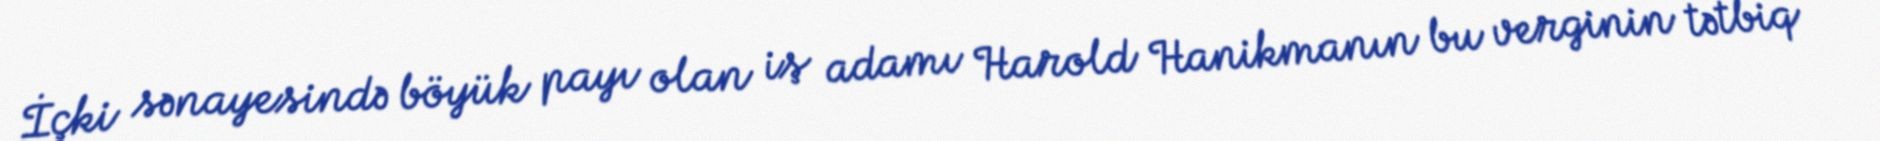
İçki sənayesində böyük payı olan iş adamı Harold Hanikmanın bu verginin tətbiq